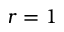
r = 1